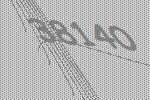
38140